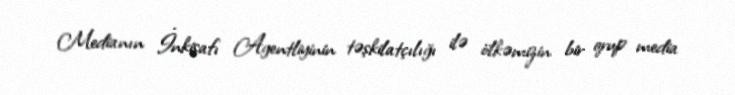
Medianın İnkişafı Agentliyinin təşkilatçılığı ilə ölkəmizin bir qrup media